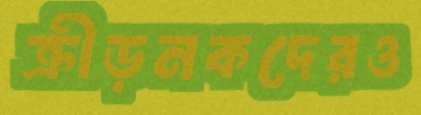
ক্রীড়নকদেরও